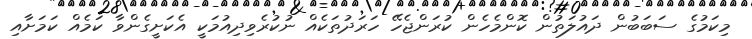
މިކަމުގެ ސަބަބުން ދައުލަތުން ކޮންމެހެން ކުރަންޖެހޭ ހަރަދުތަކެއް ނުކުރެވިދިއުމަކީ އެކަށީގެންވާ ކަމެއް ކަމަށާއި